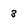
Character: 3